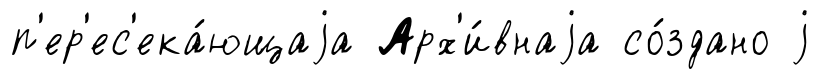
п'ер'ес'ека́ющаjа Арх'и́внаjа со́здано j